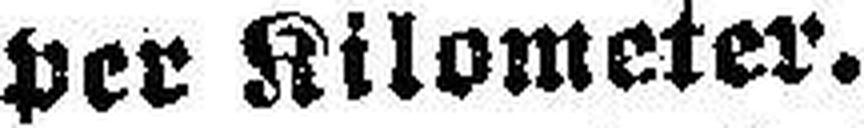
per Kilometer.